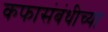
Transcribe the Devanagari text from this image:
कफासंबंधीच्या